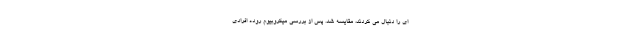
ای را دنبال می کردند، مقایسه شد. پس از بررسی میکروبیوم روده افرادی